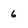
Character: 6